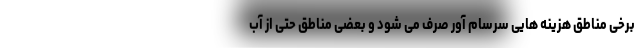
برخی مناطق هزینه هایی سرسام آور صرف می شود و بعضی مناطق حتی از آب